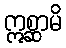
ဣစ္ဆာမိ